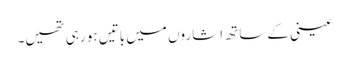
عینی کے ساتھ اشاروں میں باتیں ہو رہی تھیں۔